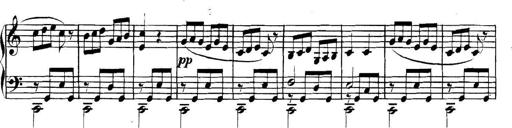
Title: Collected Piano Sonatas
Composer: Muzio Clementi